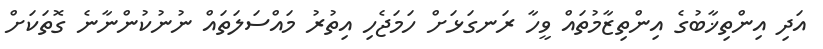
އަދި އިންތިޚާބުގެ އިންތިޒާމުތައް ވީހާ ރަނގަޅަށް ހަމަޖެހި އިތުރު މައްސަލަތައް ނުނުކުންނާނެ ގޮތަކަށް